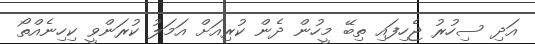
އަދި ސިހުރު ޖެހިފައި ތިބޭ މީހުން ދެން ކުރިއަށް އަމަލު ކުރަންވީ ކިހިނެއްތޯ